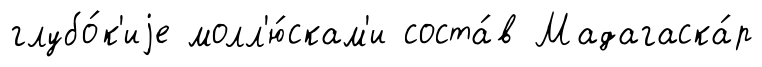
глубо́к'иjе молл'ю́скам'и соста́в Мадагаска́р